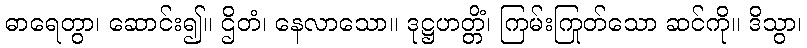
ဓာရေတွာ၊ ဆောင်း၍။ ဌိတံ၊ နေလာသော။ ဒုဋ္ဌဟတ္တိံ၊ ကြမ်းကြုတ်သော ဆင်ကို။ ဒိသွာ၊